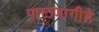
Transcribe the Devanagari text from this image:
पाळणागीते